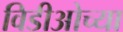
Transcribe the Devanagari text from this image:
विडीओच्या